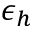
\epsilon _ { h }